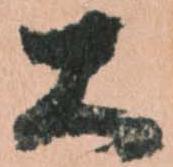
大